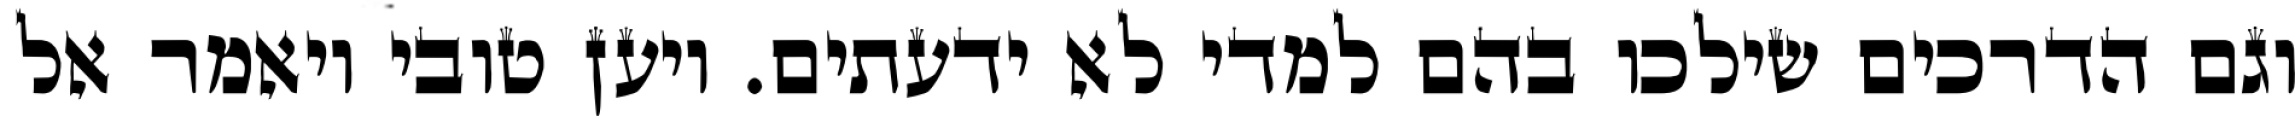
וגם הדרכים שילכו בהם למדי לא ידעתים. ויען טובי ויאמר אל